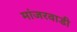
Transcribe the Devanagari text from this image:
मांजरवाडी